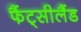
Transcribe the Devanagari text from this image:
फैंट्सीलैंड